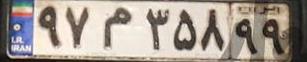
۹۷م۳۵۸۹۹